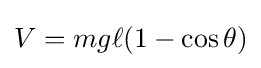
V=mg\ell (1-\cos \theta )